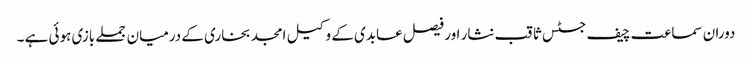
دوران سماعت چیف جسٹس ثاقب نثار اور فیصل عابدی کے وکیل امجد بخاری کے درمیان جملے بازی ہوئی ہے ۔